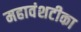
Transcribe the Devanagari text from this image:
महावंशटीका